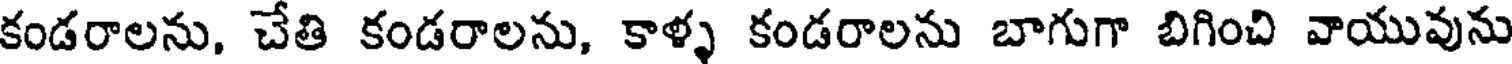
కండరాలను, చేతి కండరాలను, కాళ్ళ కండరాలను బాగుగా బిగించి వాయువును